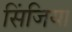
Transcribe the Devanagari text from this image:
सिंजिया